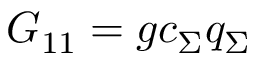
G _ { 1 1 } = g c _ { \Sigma } q _ { \Sigma }